Report of the Indian Hemp Drugs Commission, 1894-1895 - Volume VII
Year: 1894
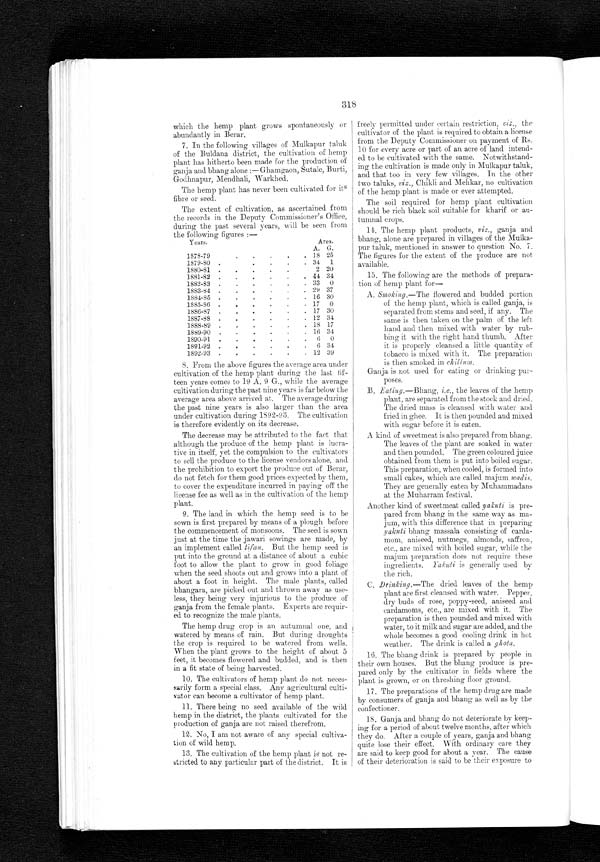
318
which the hemp plant grows spontaneously or
abundantly in Berar.
7. In the following villages of Mulkapur taluk
of the Buldana district, the cultivation of hemp
plant has hitherto been made for the production of
ganja and bhang alone :—Ghamgaon, Sutale, Burti,
Godhnapur, Mendhali, Warkhed.
The hemp plant has never been cultivated for its
fibre or seed.
The extent of cultivation, as ascertained from
the records in the Deputy Commissioner's Office,
during the past several years, will be seen from
the following figures :—
Years.
1878-79
1879-80
A.
18
34
Area.
G.
25
1
20
-1-880-81
2
1881-82
44 34
1882-83
33
0
1883-84
29 37
1884-85
16 30
1885-86
17
0
1886-87
17 30
1887-88
12 34
1888-89
18 17
1889-90
16 34
1890-91
0
1891-92
6 34
1892-93
12 39
8. From the above figures the average area under
cultivation of the hemp plant during the last fif-
teen years comes to 19 A. 9 G., while the average
cultivation during the past nine years is far below the
average area above arrived at. The average during
the past nine years is also larger than the area
under cultivation during 1892-93. The cultivation
is therefore evidently on its decrease.
The decrease may be attributed to the fact that
although the produce of the hemp plant is lucra-
tive in itself, yet the compulsion to the cultivators
to sell the produce to the license vendors alone, and
the prohibition to export the produce out of Berar,
do not fetch for them good prices expected by them,
to cover the expenditure incurred in paying off the
license fee as well as in the cultivation of the hemp
plant.
9. The land in which the hemp seed is to be
sown is first prepared by means of a plough before
the commencement of monsoons. The seed is sown
just at the time the jawari sowings are made, by
an implement called tifan. But the hemp seed is
put into the ground at a distance of about a cubic
foot to allow the plant to grow in good foliage
when the seed shoots out and grows into a plant of
about a foot in height. The male plants, called
bhangara, are picked out and thrown away as use-
less, they being very injurious to the produce of
ganja from the female plants. Experts are requir-
ed to recognize the male plants.
The hemp drug crop is an autumnal one, and
watered by means of rain. But during droughts
the crop is required to be watered from wells.
When the plant grows to the height of about 5
feet, it becomes flowered and budded, and is then
in a fit state of being harvested.
10. The cultivators of hemp plant do not neces-
sarily form a special class. Any agricultural culti-
vator can become a cultivator of hemp plant.
11. There being no seed available of the wild
hemp in the district, the plants cultivated for the
production of ganja are not raised therefrom.
12. No, I am not aware of any special cultiva-
tion of wild hemp.
13. The cultivation of the hemp plant is not re-
stricted to any particular part of the district. It is
freely permitted under certain restriction, viz., the
cultivator of the plant is required to obtain a license
from the Deputy Commissioner on payment of Rs.
10 for every acre or part of an acre of land intend-
ed to be cultivated with the same. Notwithstand-
ing the cultivation is made only in Mulkapur taluk,
and that too in very few villages. In the other
two taluks, viz., Chikli and Mehkar, no cultivation
of the hemp plant is made or ever attempted.
The soil required for hemp plant cultivation
should be rich black soil suitable for kharif or au-
tumnal crops.
14. The hemp plant products, viz., ganja and
bhang, alone are prepared in villages of the Mulka-
pur taluk, mentioned in answer to question No. 7.
The figures for the extent of the produce are not
available.
15. The following are the methods of prepara-
tion of hemp plant for—
A. Smoking.—The flowered and budded portion
of the hemp plant, which is called ganja, is
separated from stems and seed, if any. The
same is then taken on the palm of the left
hand and then mixed with water by rub-
bing it with the right hand thumb. After
it is properly cleansed a little quantity of
tobacco is mixed with it. The preparation
is then smoked in chillum.
Ganja is not used for eating or drinking pur-
poses.
B.
E a t i n g .
— B h a n g ,
i . e . ,
t h e l e a v e s o f t h e h e m p
plant, are separated from the stock and dried.
The dried mass is cleansed with water and
fried in ghee. It is then pounded and mixed
with sugar before it is eaten.
A kind of sweetmeat is also prepared from bhang.
The leaves of the plant are soaked in water
and then pounded. The green coloured juice
obtained from them is put into boiled sugar.
This preparation, when cooled, is formed into
small cakes, which are called majum wadis.
They are generally eaten by Muhammadans
at the Muharram festival.
Another kind of sweetmeat called yakuti is pre-
pared from bhang in the same way as ma-
jum, with this difference that in preparing
yakuti bhang massala consisting of carda-
mom, aniseed, nutmegs, almonds, saffron,
etc., are mixed with boiled sugar, while the
majum preparation does not require these
ingredients. Y akuti is generally used by
the rich.
C. Drinking.— T h e
d r i e d l e a v e s o f t h e h e m p
plant are first cleansed with water. Pepper,
dry buds of rose, poppy-seed, aniseed and
cardamoms, etc., are mixed with it. The
preparation is then pounded and mixed with
water, to it milk and sugar are added, and the
whole becomes a good cooling drink in hot
weather. The drink is called a ghota.
16. The bhang drink is prepared by people in
their own houses. But the bhang produce is pre-
pared only by the cultivator in fields where the
plant is grown, or on threshing floor ground.
17. The preparations of the hemp drug are made
by consumers of ganja and bhang as well as by the
confectioner.
1 8 . G a n j a
and bhang do not deteriorate by keep-
ing for a period of about twelve months, after which
they do. After a couple of years, ganja and bhang
quite lose their effect. - With ordinary care they
are said to keep good for about a year. The cause
of their deterioration is said to be their exposure to